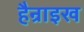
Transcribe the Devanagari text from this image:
हैन्राइख